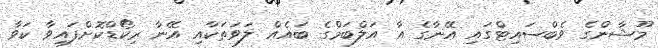
މޫޝާންގެ ވެބްސައިޓްގައި އޭނާގެ އާ އަލްބަމްގެ ބައެއް ލަވަތަކާއި އޭނާ ރިކޯޑްކޮށްފައިވާ ކަވާ